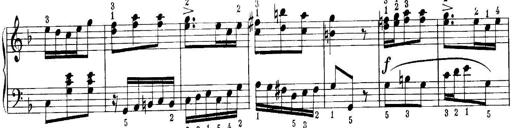
Title: Quatres sonatines
Composer: Tadeusz Joteyko